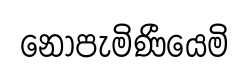
නොපැමිණීයෙමි